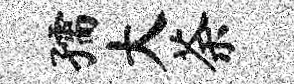
孺大荼